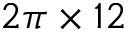
2 \pi \times 1 2